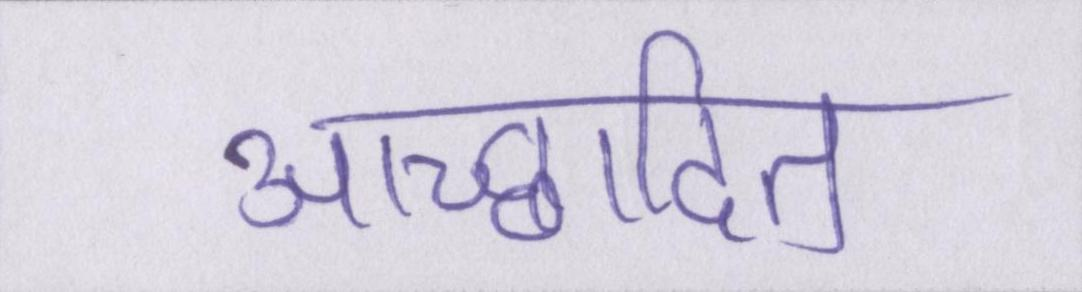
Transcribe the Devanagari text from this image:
आच्छादित